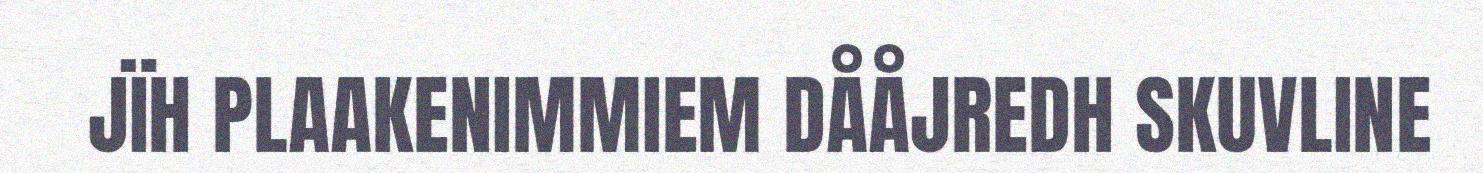
JÏH PLAAKENIMMIEM DÅÅJREDH SKUVLINE